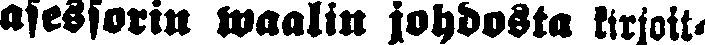
asessorin waalin johdosta kirjoit-